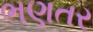
ભણતર